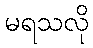
မရသလို